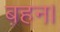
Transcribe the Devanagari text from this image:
ब़हन।